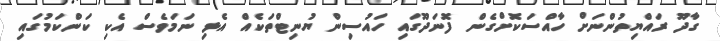
ގާދޫ ރައްޔިތުންނަށް ހާއްސަކޮށްގެން ފޮނަދޫގައި ހައުސިން ޔުނިޓްތަކެއް އެޅި ނަމަވެސް އެކި ކަންކަމުގައި